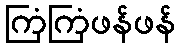
ကြံကြံဖန်ဖန်